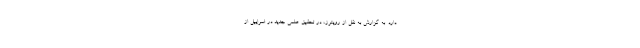
دارد. به گزارش به نقل از رویترز، در تحقیق علمی جدید در اسراییل از